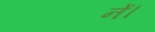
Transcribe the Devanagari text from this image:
नें।